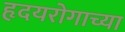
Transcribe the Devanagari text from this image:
हृदयरोगाच्या